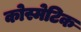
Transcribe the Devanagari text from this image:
कोस्मेटिक